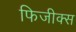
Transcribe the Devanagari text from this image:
फिजीक्स